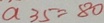
a 3 5 = 8 0